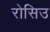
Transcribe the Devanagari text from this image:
रोसिउ